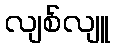
လျစ်လျူ